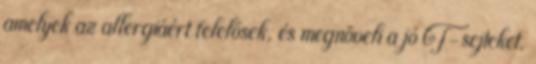
amelyek az allergiáért felelősek, és megnöveli a jó T-sejteket,